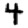
Digit: 4